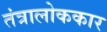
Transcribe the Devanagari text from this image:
तंत्रालोककार